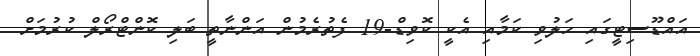
އައްޑޫސިޓީގައި ހަލުވި ކަމާއި އެކީ ކޮވިޑް-19 ފެތުރެމުން އަންނާތީ ބަލި ކޮންޓްރޯލް ކުރުމަށް